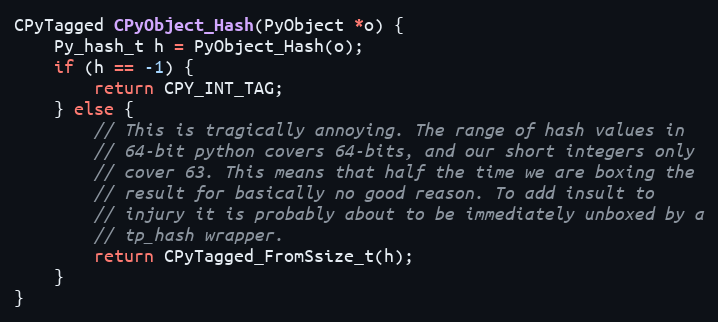
Language: C
CPyTagged CPyObject_Hash(PyObject *o) {
    Py_hash_t h = PyObject_Hash(o);
    if (h == -1) {
        return CPY_INT_TAG;
    } else {
        // This is tragically annoying. The range of hash values in
        // 64-bit python covers 64-bits, and our short integers only
        // cover 63. This means that half the time we are boxing the
        // result for basically no good reason. To add insult to
        // injury it is probably about to be immediately unboxed by a
        // tp_hash wrapper.
        return CPyTagged_FromSsize_t(h);
    }
}